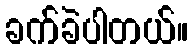
ခက်ခဲပါတယ်။